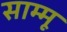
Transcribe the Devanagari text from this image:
साम्मू